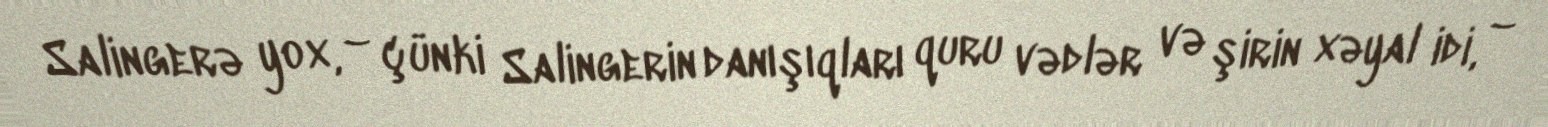
Salingerə yox, – çünki Salingerin danışıqları quru vədlər və şirin xəyal idi, –